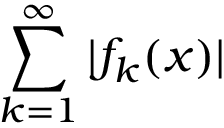
\sum _ { k = 1 } ^ { \infty } | f _ { k } ( x ) |